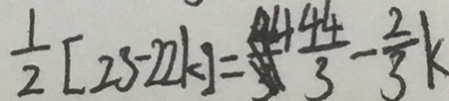
\frac { 1 } { 2 } [ 2 3 - 2 2 k ] = \frac { 4 4 } { 3 } - \frac { 2 } { 3 } k